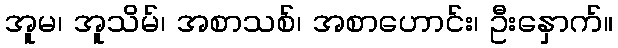
အူမ၊ အူသိမ်၊ အစာသစ်၊ အစာဟောင်း၊ ဦးနှောက်။